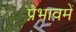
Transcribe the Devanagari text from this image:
प्रभावमें